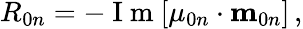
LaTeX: R_{0n}=-\mathrm{~I~m~}[{\mathbf\mu}_{0n}\cdot{\mathbf m}_{0n}]\, ,